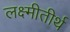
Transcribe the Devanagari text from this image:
लक्ष्मीतीर्थ